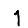
Digit: 1